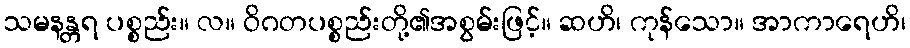
သမနန္တရ ပစ္စည်း။ လ။ ဝိဂတပစ္စည်းတို့၏အစွမ်းဖြင့်။ ဆဟိ၊ ကုန်သော။ အာကာရေဟိ၊